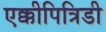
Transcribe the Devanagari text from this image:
एक्कीपित्रिडी